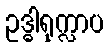
ဥဒ္ဓါရုက္လာပ